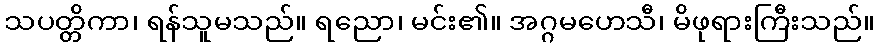
သပတ္တိကာ၊ ရန်သူမသည်။ ရညော၊ မင်း၏။ အဂ္ဂမဟေသီ၊ မိဖုရားကြီးသည်။